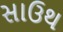
સાઉથ